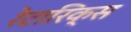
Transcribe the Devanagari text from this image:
रेटारिक्स